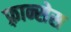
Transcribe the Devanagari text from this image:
फ़्रान्सेस